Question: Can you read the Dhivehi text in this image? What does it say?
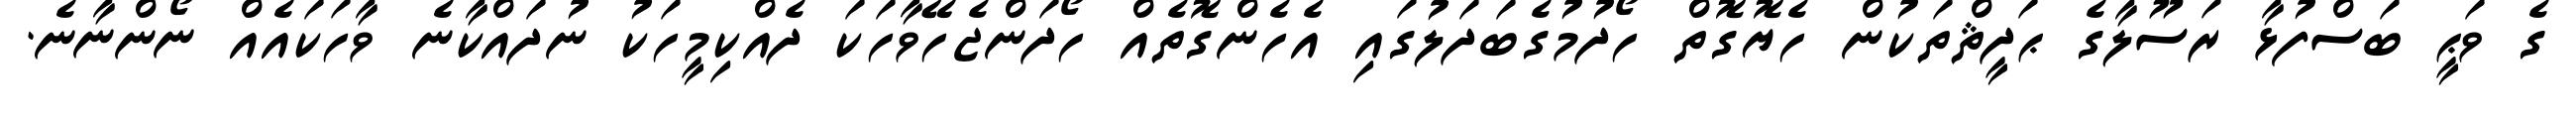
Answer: ގެ ވަޙީ ބަސްފުޅާ ރަސޫލާގެ ޙަދީޘްތަކުން ހެޔޮގޮތް ހޯދުމުގެބަދަލުގައި އެހެންގޮތެއް ހޯދަންޖެހޭވާހަކަ ދެއްކިމީހަކު ނުދައްކާނެ ވާހަކައެއް ނޯންނާނެ.